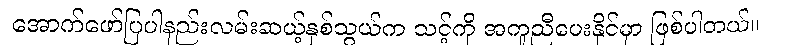
အောက်ဖော်ပြပါနည်းလမ်းဆယ့်နှစ်သွယ်က သင့်ကို အကူညီပေးနိုင်မှာ ဖြစ်ပါတယ်။